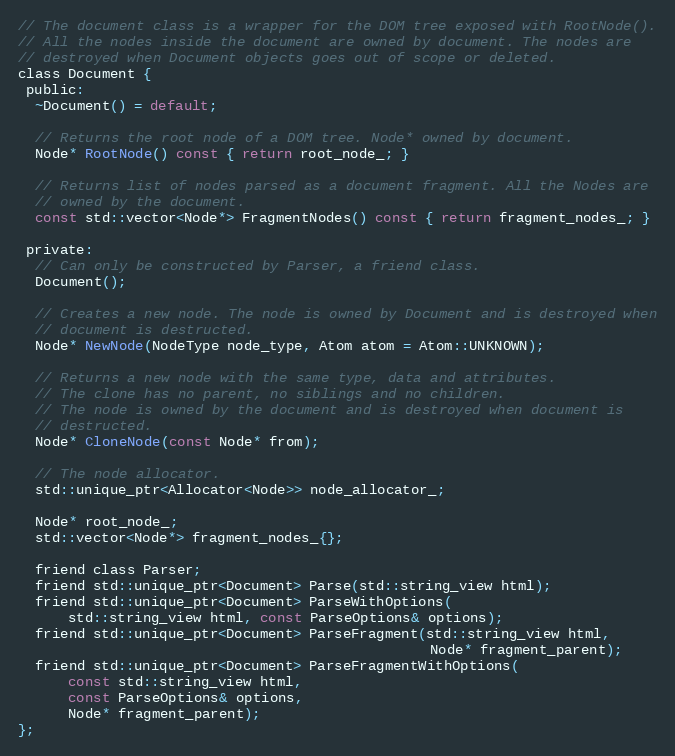
Language: C
// The document class is a wrapper for the DOM tree exposed with RootNode().
// All the nodes inside the document are owned by document. The nodes are
// destroyed when Document objects goes out of scope or deleted.
class Document {
 public:
  ~Document() = default;

  // Returns the root node of a DOM tree. Node* owned by document.
  Node* RootNode() const { return root_node_; }

  // Returns list of nodes parsed as a document fragment. All the Nodes are
  // owned by the document.
  const std::vector<Node*> FragmentNodes() const { return fragment_nodes_; }

 private:
  // Can only be constructed by Parser, a friend class.
  Document();

  // Creates a new node. The node is owned by Document and is destroyed when
  // document is destructed.
  Node* NewNode(NodeType node_type, Atom atom = Atom::UNKNOWN);

  // Returns a new node with the same type, data and attributes.
  // The clone has no parent, no siblings and no children.
  // The node is owned by the document and is destroyed when document is
  // destructed.
  Node* CloneNode(const Node* from);

  // The node allocator.
  std::unique_ptr<Allocator<Node>> node_allocator_;

  Node* root_node_;
  std::vector<Node*> fragment_nodes_{};

  friend class Parser;
  friend std::unique_ptr<Document> Parse(std::string_view html);
  friend std::unique_ptr<Document> ParseWithOptions(
      std::string_view html, const ParseOptions& options);
  friend std::unique_ptr<Document> ParseFragment(std::string_view html,
                                                 Node* fragment_parent);
  friend std::unique_ptr<Document> ParseFragmentWithOptions(
      const std::string_view html,
      const ParseOptions& options,
      Node* fragment_parent);
};